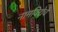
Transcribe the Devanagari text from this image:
नामविद्येचे